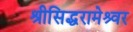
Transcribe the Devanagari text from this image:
श्रीसिद्धरामेश्र्वर